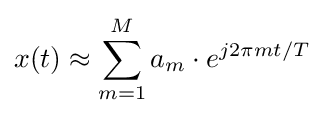
x(t)\approx \sum _{m=1}^{M}a_{m}\cdot e^{j2\pi mt/T}